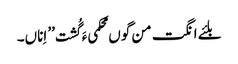
بلئے انگت من گوں محکمیءَ گُشت ’’ اِناں۔